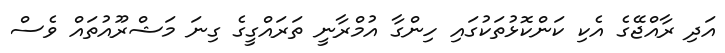
އަދި ރާއްޖޭގެ އެކި ކަންކޮޅުތަކުގައި ހިންގާ އުމްރާނީ ތަރައްގީގެ ގިނަ މަޝްރޫއުތައް ވެސް